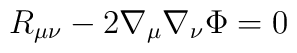
R_{\mu \nu} -2\nabla_{\mu}\nabla_{\nu}\Phi=0